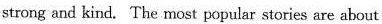
strong and kind. The most popular stories are about